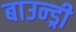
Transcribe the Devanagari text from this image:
बाउन्ड्री